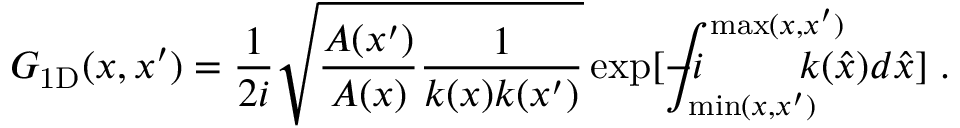
G _ { \mathrm { 1 D } } ( x , x ^ { \prime } ) = \frac { 1 } { 2 i } \sqrt { \frac { A ( x ^ { \prime } ) } { A ( x ) } \frac { 1 } { k ( x ) k ( x ^ { \prime } ) } } \exp [ - i \! \! \! \! \! \! \! \int _ { \operatorname* { m i n } ( x , x ^ { \prime } ) } ^ { \operatorname* { m a x } ( x , x ^ { \prime } ) } \! \! \! \! \! \! \! \! { k ( \hat { x } ) d \hat { x } } ] \; .